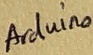
Text: Arduino